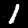
Digit: 1